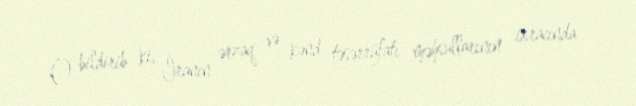
O bildirib ki, İranın ərzaq və kənd təsərrüfatı məhsullarının ixracında